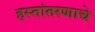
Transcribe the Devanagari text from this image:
हस्तांतरणाचे